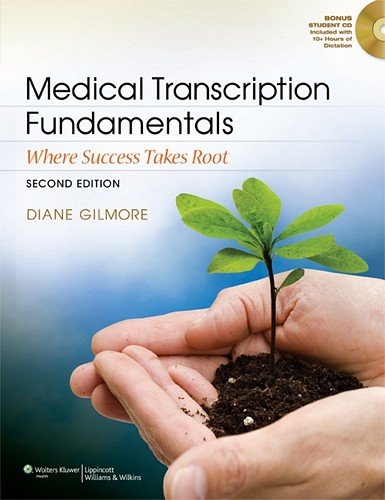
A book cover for Medical Transcription Fundamentals: Where Success Takes Root; Diane Gilmore CMT  FAAMT; Medical Books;